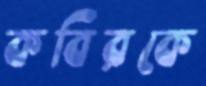
কবিরকে